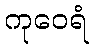
ကုဝေရံ